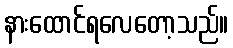
နားထောင်ရလေတော့သည်။